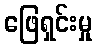
ဖြေရှင်းမှု